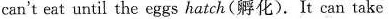
can't eat until the eggs hatch(孵化). It can take